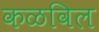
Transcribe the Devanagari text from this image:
कळविल